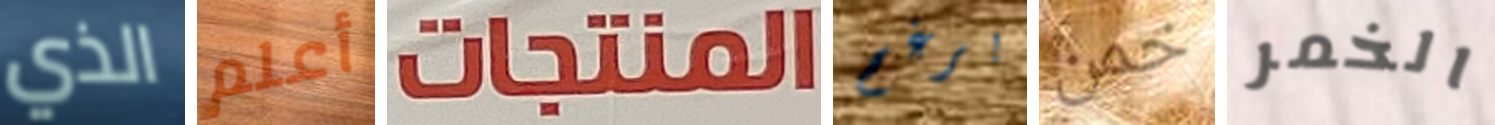
الذي أعلم المنتجات برغم خمن الخمر